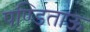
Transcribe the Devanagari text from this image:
पण्डिताऊ